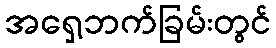
အရှေ့ဘက်ခြမ်းတွင်